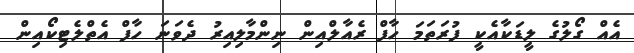
އެއް ގޯލުގެ ލީޑަކާއެކީ ފުރަތަމަ ހާފް ރެއާލްއިން ނިންމާލިއިރު ދެވަނަ ހާފް އެތްލެޓިކޯއިން